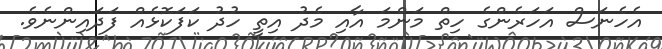
އެހެނަސް އަހަރެންގެ ހިތް މަންމަ އާއި މެދު އިތީ ހުދު ކަފަކޮޅެއް ފަދައިންނެވެ.